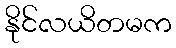
နိုင်လယိတမက